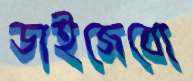
ডাইজেবো